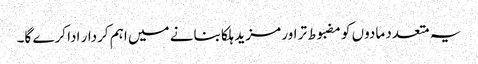
یہ متعدد مادوں کو مضبوط تر اور مزید ہلکا بنانے میں اہم کردار ادا کرے گا۔